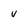
Character: v